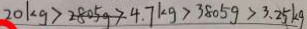
2 0 k g > 2 8 0 5 g > 4 . 7 k g > 3 8 0 5 g > 3 . 2 5 k g